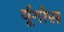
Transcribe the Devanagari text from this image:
र्यूगोस